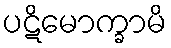
ပဋိမောက္ခာမိ